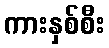
ကားနှစ်စီး